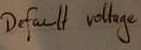
Text: Default voltage